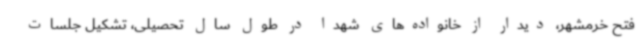
فتح خرمشهر، دیدار از خانواده‌های شهدا در طول سال تحصیلی، تشکیل جلسات